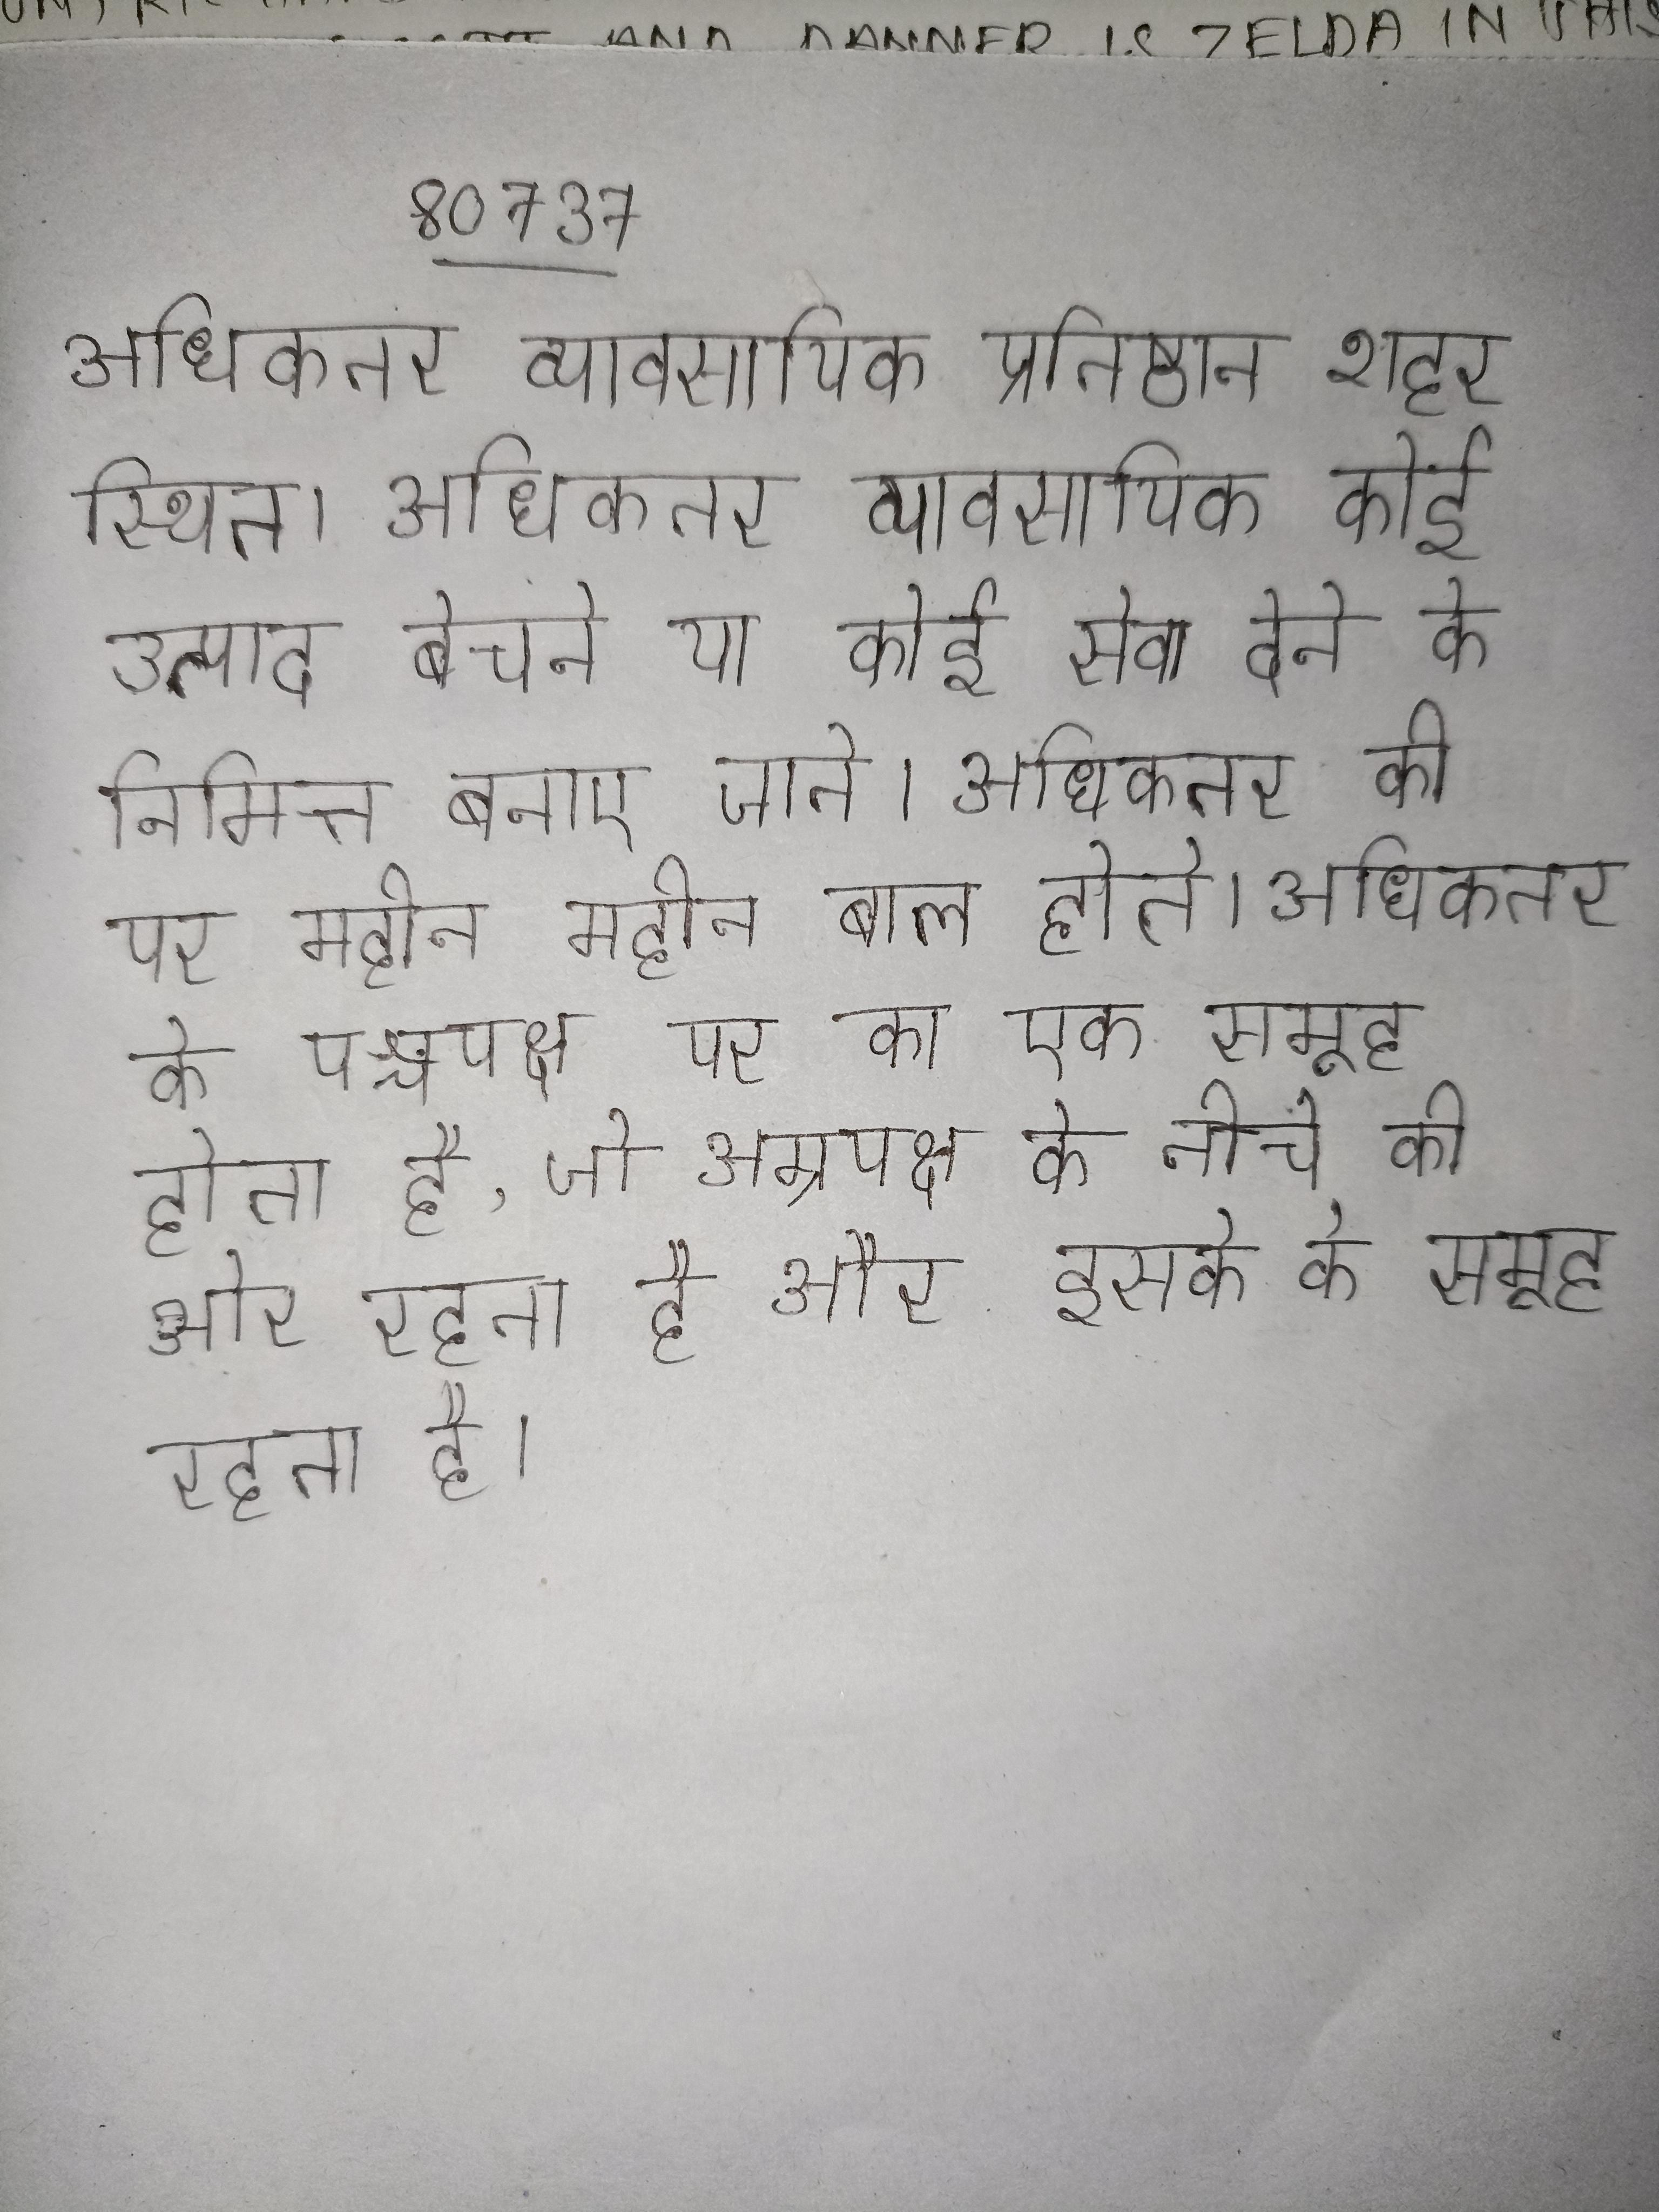
अधिकतर व्यावसायिक प्रतिष्ठान शहर स्थित । अधिकतर व्यावसायिक कोई उत्पाद बेचने या कोई सेवा देने के निमित्त बनाए जाते । अधिकतर की पर महीन महीन बाल होते । अधिकतर के पश्चपक्ष पर का एक समूह होता है, जो अग्रपक्ष के नीचे की ओर रहता है औैर इसके के समूह रहता है ।